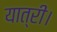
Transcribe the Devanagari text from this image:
यात्री।